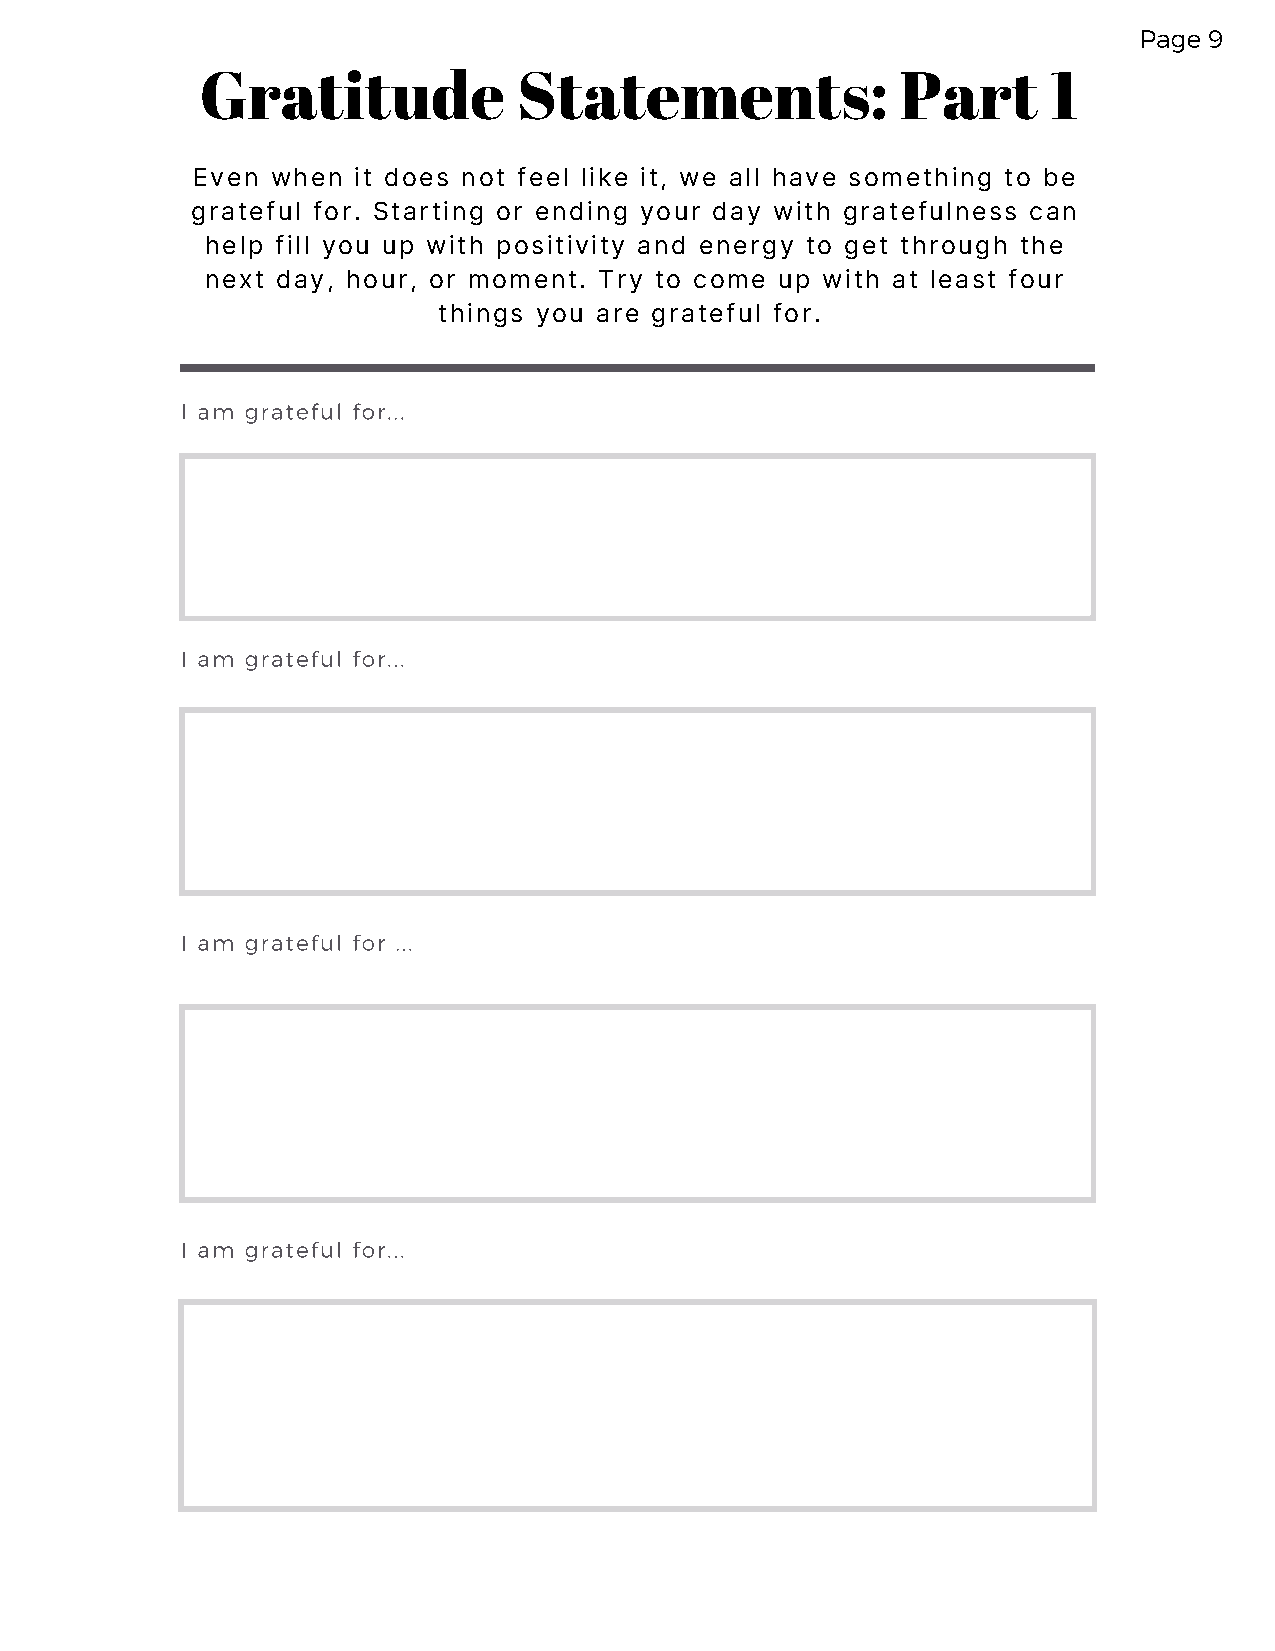
Page 9
 Gratitude            Statements:               Part      1
 Even when it does not feel like it, we all have something to be
 grateful for. Starting or ending your day with gratefulness can
 help fill you up with positivity and energy to get through the
 next day, hour, or moment. Try to come up with at least four
 things you are grateful for.
 I am grateful for...
 I am grateful for...
 I am grateful for ...
 I am grateful for...